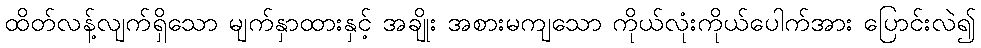
ထိတ်လန့်လျက်ရှိသော မျက်နှာထားနှင့် အချိုး အစားမကျသော ကိုယ်လုံးကိုယ်ပေါက်အား ပြောင်းလဲ၍